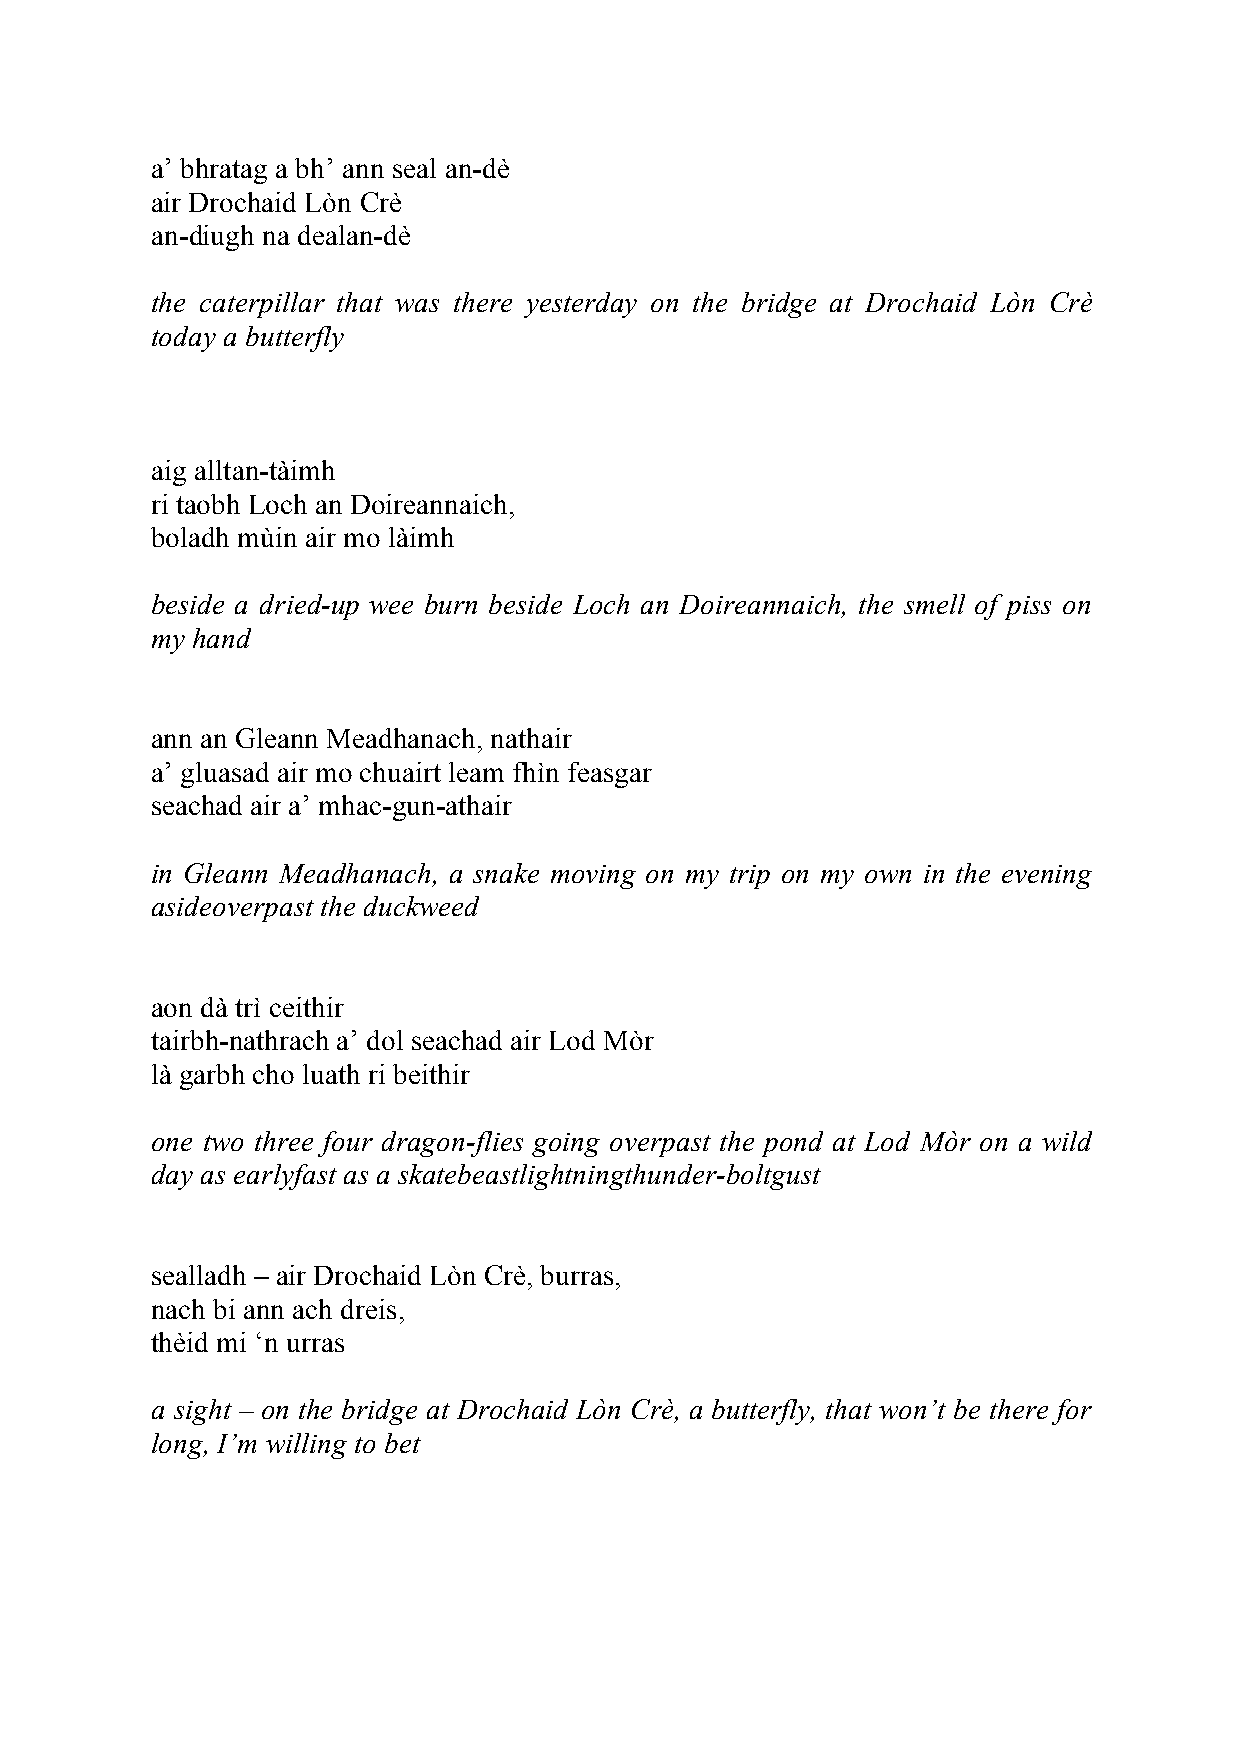
a’ bhratag a bh’ ann seal an-dè
 air Drochaid Lòn Crè
 an-diugh na dealan-dè
 the caterpillar that was there yesterday on the bridge at Drochaid Lòn Crè
 today a butterfly
 aig alltan-tàimh
 ri taobh Loch an Doireannaich,
 boladh mùin air mo làimh
 beside a dried-up wee burn beside Loch an Doireannaich, the smell of piss on
 my hand
 ann an Gleann Meadhanach, nathair
 a’ gluasad air mo chuairt leam fhìn feasgar
 seachad air a’ mhac-gun-athair
 in Gleann Meadhanach, a snake moving on my trip on my own in the evening
 asideoverpast the duckweed
 aon dà trì ceithir
 tairbh-nathrach a’ dol seachad air Lod Mòr
 là garbh cho luath ri beithir
 one two three four dragon-flies going overpast the pond at Lod Mòr on a wild
 day as earlyfast as a skatebeastlightningthunder-boltgust
 sealladh – air Drochaid Lòn Crè, burras,
 nach bi ann ach dreis,
 thèid mi ‘n urras
 a sight – on the bridge at Drochaid Lòn Crè, a butterfly, that won’t be there for
 long, I’m willing to bet